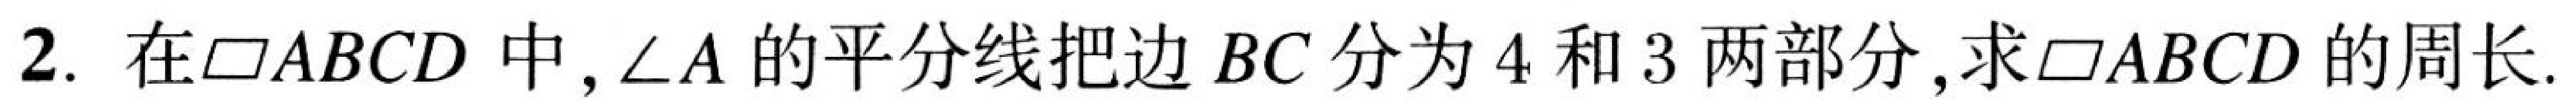
2. 在\(\square ABCD\)中，\(\angle A\)的平分线把边\(BC\)分为\(4\)和\(3\)两部分,求\(\square ABCD\)的周长.